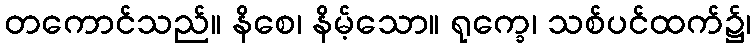
တကောင်သည်။ နိစေ၊ နိမ့်သော။ ရုက္ခေ၊ သစ်ပင်ထက်၌၊